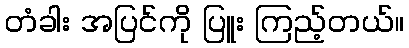
တံခါး အပြင်ကို ပြူး ကြည့်တယ်။